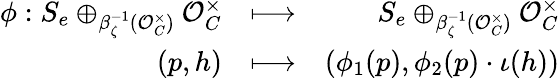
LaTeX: \begin{array}{rlr}{\phi:S_{e}\oplus_{\beta_{\zeta}^{-1}(\mathcal{O}_{C}^{\times})}\mathcal{O}_{C}^{\times}}&{\longmapsto}&{S_{e}\oplus_{\beta_{\zeta}^{-1}(\mathcal{O}_{C}^{\times})}\mathcal{O}_{C}^{\times}}\\ {(p,h)}&{\longmapsto}&{(\phi_{1}(p),\phi_{2}(p)\cdot\iota(h))}\end{array}